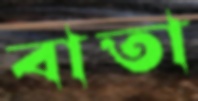
বাতা